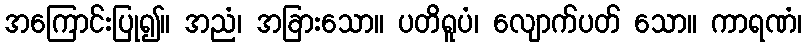
အကြောင်းပြု၍။ အညံ၊ အခြားသော။ ပတိရူပံ၊ လျောက်ပတ် သော။ ကာရဏံ၊